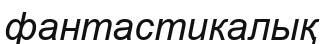
фантастикалық